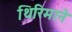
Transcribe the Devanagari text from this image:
थिरिमाने